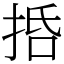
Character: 𢬸